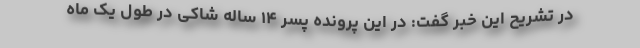
در تشریح این خبر گفت: در این پرونده پسر ۱۴ ساله شاکی در طول یک ماه